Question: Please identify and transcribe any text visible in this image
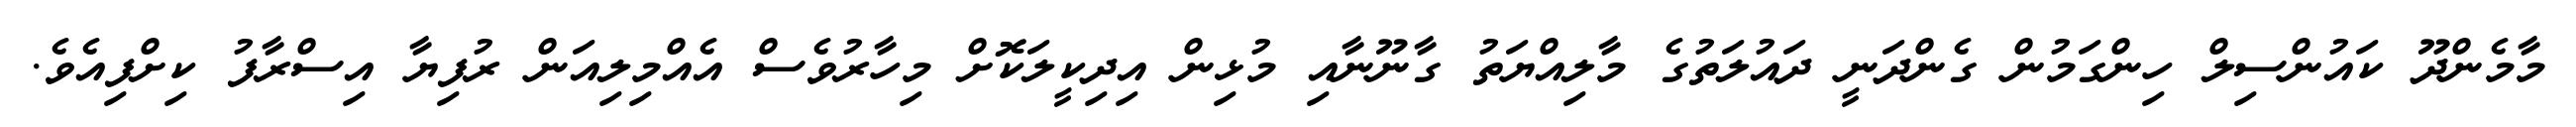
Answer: މާމެންދޫ ކައުންސިލް ހިންގަމުން ގެންދަނީ ދައުލަތުގެ މާލިއްޔަތު ގާނޫނާއި މުޅިން އިދިކީލަކޮށް މިހާރުވެސް އެއްމިލިއަން ރުފިޔާ އިސްރާފު ކިށްފިއެވެ.